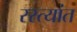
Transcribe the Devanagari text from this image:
रस्त्यांत